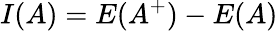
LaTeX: I(A)=E(A^{+})-E(A)